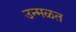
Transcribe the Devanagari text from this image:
उन्मळत